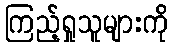
ကြည့်ရှုသူများကို